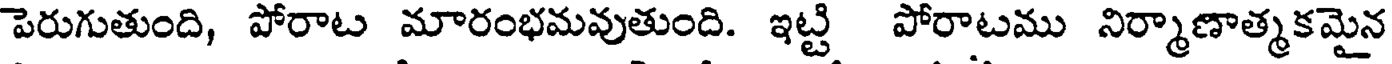
పెరుగుతుంది, పోరాట మారంభమవుతుంది. ఇట్టి పోరాటము నిర్మాణాత్మకమైన